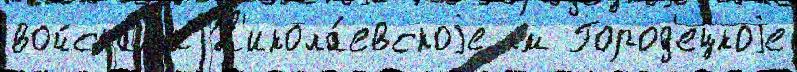
войска́м'и Н'икола́евскоjе км Город'ецкоjе